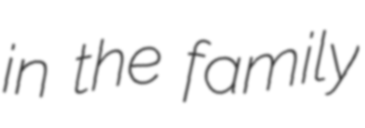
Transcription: in the family